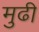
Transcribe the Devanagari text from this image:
मुढी